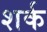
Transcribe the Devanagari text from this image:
शर्क